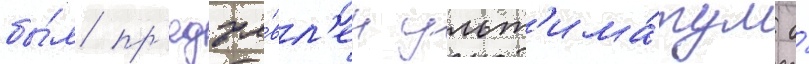
бы́л пр'едъя́вл'ен ульт'има́тум о́